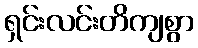
ရှင်းလင်းတိကျစွာ